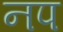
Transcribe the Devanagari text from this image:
नप